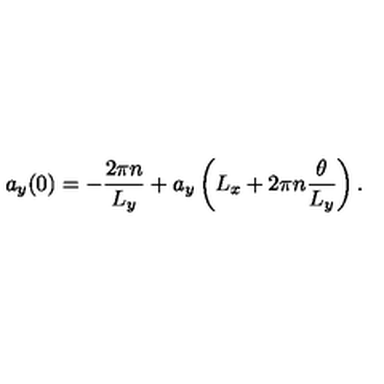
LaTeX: a _ { y } ( 0 ) = - \frac { 2 \pi n } { L _ { y } } + a _ { y } \left( L _ { x } + 2 \pi n \frac { \theta } { L _ { y } } \right) .